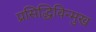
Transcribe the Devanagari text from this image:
प्रसिद्धिविन्मुख